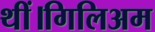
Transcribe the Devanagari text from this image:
थीं।गिलिअम